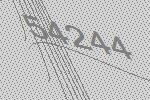
54244